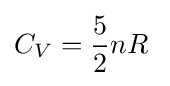
C_{V}={\frac {5}{2}}nR\;